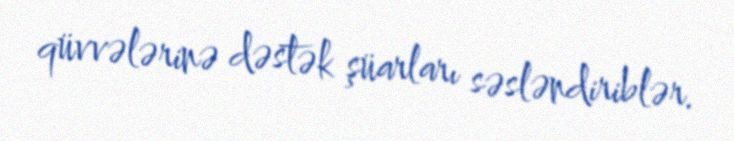
qüvvələrinə dəstək şüarları səsləndiriblər.